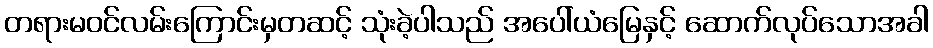
တရားမဝင်လမ်းကြောင်းမှတဆင့် သုံးခဲ့ပါသည် အပေါ်ယံမြေနှင့် ဆောက်လုပ်သောအခါ